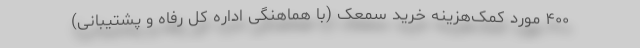
۴۰۰ مورد کمک‌هزینه خرید سمعک (با هماهنگی اداره کل رفاه و پشتیبانی)